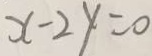
x - 2 y = 0